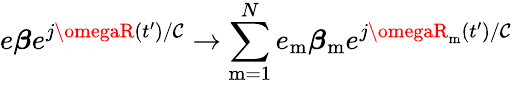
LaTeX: e\boldsymbol{\beta}e^{j\omegaR(t^{\prime})/\mathcal{C}}\rightarrow\sum_{\mathrm{{m=1}}}^{N}e_{\mathrm{{m}}}\boldsymbol{\beta}_{\mathrm{{m}}}e^{j\omegaR_{\mathrm{{m}}}(t^{\prime})/\mathcal{C}}